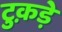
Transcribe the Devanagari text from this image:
टुक़ड़े